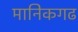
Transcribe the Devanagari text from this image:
मानिकगढ